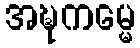
အဍ္ဎကမ္မေ